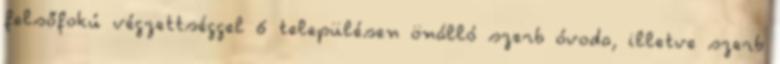
felsőfokú végzettséggel 6 településen önálló szerb óvoda, illetve szerb